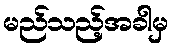
မည်သည့်အခါမှ